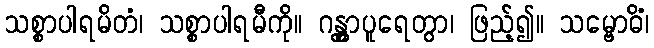
သစ္စာပါရမိတံ၊ သစ္စာပါရမီကို။ ဂန္တွာပူရေတွာ၊ ဖြည့်၍။ သမ္ဗောဓိံ၊